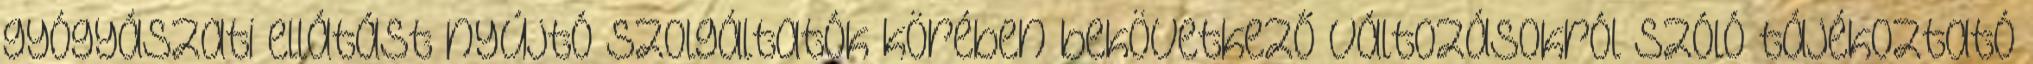
gyógyászati ellátást nyújtó szolgáltatók körében bekövetkező változásokról szóló tájékoztató